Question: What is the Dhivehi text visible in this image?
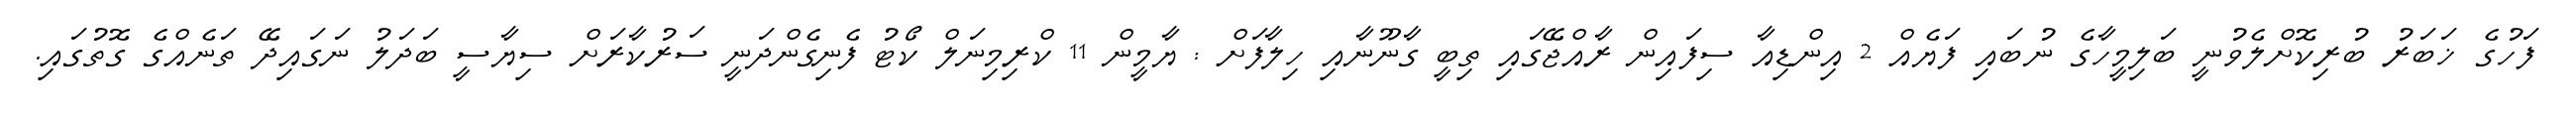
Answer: ފަހުގެ ޚަބަރު ބުރިކޮށްލެވުނީ ބަލިމީހާގެ ނުބައި ފަޔެއް 2 އިންޑިއާ ސިފައިން ރާއްޖޭގައި ތިބީ ގާނޫނާއި ހިލާފަށް : ޔާމީން 11 ކްރިމިނަލް ކޯޓު ފެނިގެންދަނީ ސަރުކާރަށް ސިޔާސީ ބަދަލު ނަގައިދޭ ތަނެއްގެ ގޮތުގައި.